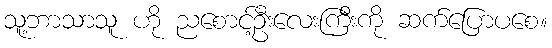
သူ့ဘာသာသူ ဟို ညစောင့်ဦးလေးကြီးကို ဆက်ပြောပစေ။